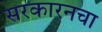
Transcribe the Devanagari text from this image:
सरकारनचा